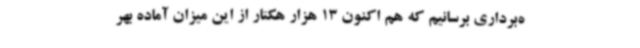
ه‌برداری برسانیم که هم اکنون 13 هزار هکتار از این میزان آماده بهر